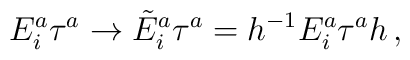
E_i^a\tau^a\to  \tilde{E}_i^a\tau^a=h^{-1} E_i^a\tau^ah\,,